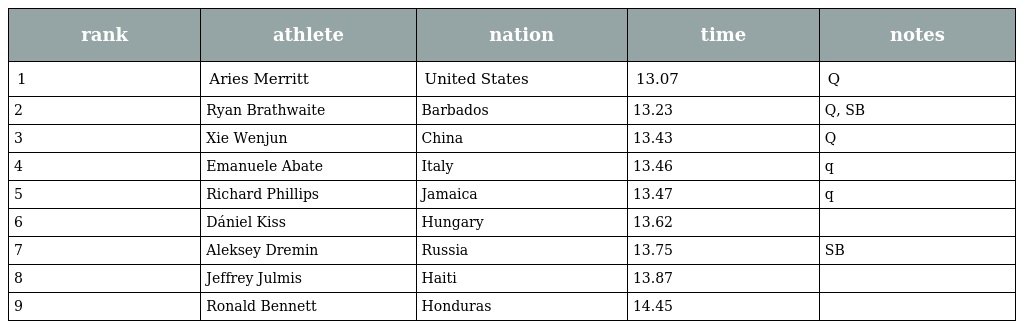
| rank | athlete | nation | time | notes |
 | --- | --- | --- | --- | --- |
 | 1 | Aries Merritt | United States | 13.07 | Q |
 | 2 | Ryan Brathwaite | Barbados | 13.23 | Q, SB |
 | 3 | Xie Wenjun | China | 13.43 | Q |
 | 4 | Emanuele Abate | Italy | 13.46 | q |
 | 5 | Richard Phillips | Jamaica | 13.47 | q |
 | 6 | Dániel Kiss | Hungary | 13.62 |  |
 | 7 | Aleksey Dremin | Russia | 13.75 | SB |
 | 8 | Jeffrey Julmis | Haiti | 13.87 |  |
 | 9 | Ronald Bennett | Honduras | 14.45 |  |